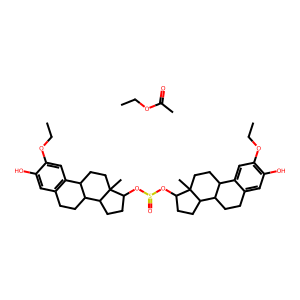
SMILES: CCOC(C)=O.CCOc1cc2c(cc1O)CCC1C2CCC2(C)C(OS(=O)OC3CCC4C5CCc6cc(O)c(OCC)cc6C5CCC34C)CCC12
Inhibits HIV replication: No